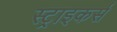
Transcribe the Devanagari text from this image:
स्‍ट्राइकर्स